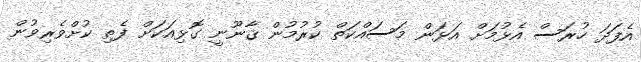
އެފަދަ ހުރަސް އެޅުމަށް އަޅަން މަސައްކަތް ކުރުމުން ޤާނޫނީ ގޮޅިއަކަށް ފެތި ކުށްވެރިވުން